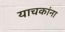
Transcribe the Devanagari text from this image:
याचकांना